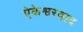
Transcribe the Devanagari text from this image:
ऐकेश्वरवाद